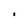
Character: i